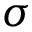
\sigma